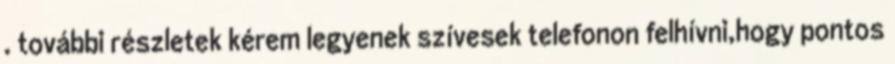
. további részletek kérem legyenek szívesek telefonon felhívni,hogy pontos